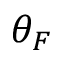
\theta _ { F }